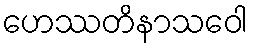
ဟေဿတိနာသဝေါ